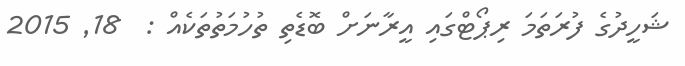
ޝަހީދުގެ ފުރަތަމަ ރިޕޯޓްގައި އީރާނަށް ބޮޑެތި ތުހުމަތުތަކެއް :  18